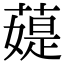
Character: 𦼙